Plague in India, 1896, 1897 - Volume 1
Year: 1896
Disease focus: Plague
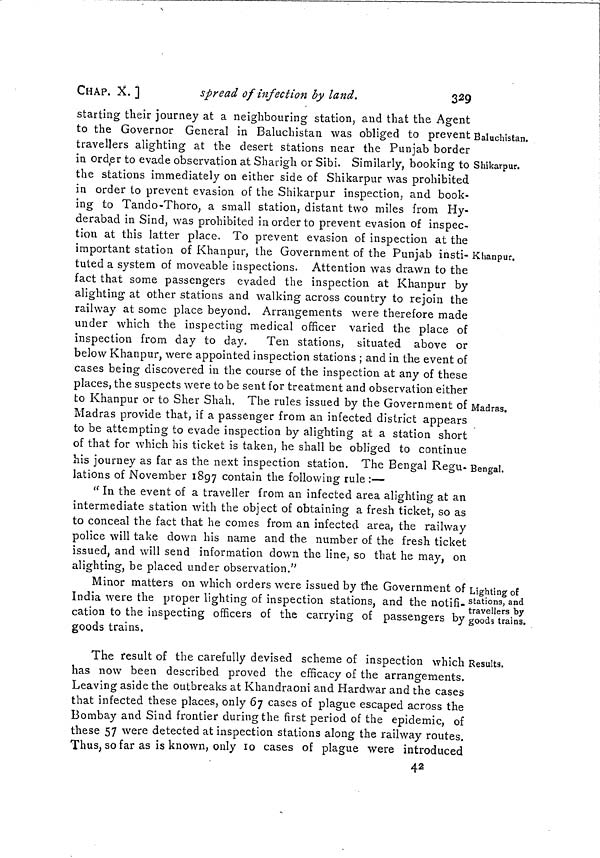
CHAP. X. ]
spread of infection by land.
329
Baluchistan.
Shikarpur.
Khanpur.
Madras.
Bengal.
starting their journey at a neighbouring station, and that the Agent
to the Governor General in Baluchistan was obliged to prevent
travellers alighting at the desert stations near the Punjab border
in order to evade observation at Sharigh or Sibi. Similarly, booking to
the stations immediately on either side of Shikarpur was prohibited
in order to prevent evasion of the Shikarpur inspection, and book-
ing to Tando-Thoro, a small station, distant two miles from Hy-
derabad in Sind, was prohibited in order to prevent evasion of inspec-
tion at this latter place. To prevent evasion of inspection at the
important station of Khanpur, the Government of the Punjab insti-
tuted a system of moveable inspections. Attention was drawn to the
fact that some passengers evaded the inspection at Khanpur by
alighting at other stations and walking across country to rejoin the
railway at some place beyond. Arrangements were therefore made
under which the inspecting medical officer varied the place of
inspection from day to day. Ten stations, situated above or
below Khanpur, were appointed inspection stations ; and in the event of
cases being discovered in the course of the inspection at any of these
places, the suspects were to be sent for treatment and observation either
to Khanpur or to Sher Shah. The rules issued by the Government of
Madras provide that, if a passenger from an infected district appears
to be attempting to evade inspection by alighting at a station short
of that for which his ticket is taken, he shall be obliged to continue
his journey as far as the next inspection station. The Bengal Regu-
lations of November 1897 contain the following rule :—
" In the event of a traveller from an infected area alighting at an
intermediate station with the object of obtaining a fresh ticket, so as
to conceal the fact that he comes from an infected area, the railway
police will take down his name and the number of the fresh ticket
issued, and will send information down the line, so that he may, on
alighting, be placed under observation."
Lighting of
stations, and
travellers by
goods trains.
Minor matters on which orders were issued by the Government of
India were the proper lighting of inspection stations, and the notifi-
cation to the inspecting officers of the carrying of passengers by
goods trains.
Results.
The result of the carefully devised scheme of inspection which ;
has now been described proved the efficacy of the arrangements.
Leaving aside the outbreaks at Khandraoni and Hardwar and the cases
that infected these places, only 67 cases of plague escaped across the
Bombay and Sind frontier during the first period of the epidemic, of
these 57 were detected at inspection stations along the railway routes.
Thus, so far as is known, only 10 cases of plague were introduced
42